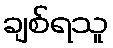
ချစ်ရသူ